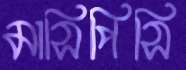
মাসিপিসি